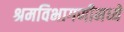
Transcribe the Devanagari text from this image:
श्रमविभागणीमध्ये